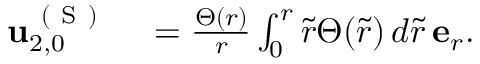
\begin{array} { r l } { \mathbf { u } _ { 2 , 0 } ^ { \mathrm { ~ ( ~ S ~ ) ~ } } } & { { } = \frac { \Theta ( r ) } { r } \int _ { 0 } ^ { r } \tilde { r } \Theta ( \tilde { r } ) \, d \tilde { r } \, \mathbf { e } _ { r } . } \end{array}